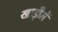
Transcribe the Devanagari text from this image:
खाड़ीमें